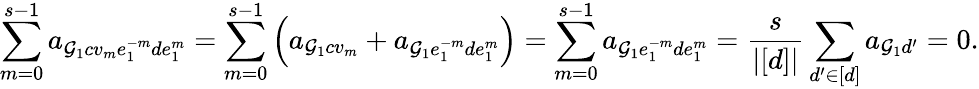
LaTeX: \sum_{m=0}^{s-1}a_{\mathcal{G}_{1}cv_{m}e_{1}^{-m}de_{1}^{m}}=\sum_{m=0}^{s-1}\left(a_{\mathcal{G}_{1}cv_{m}}+a_{\mathcal{G}_{1}e_{1}^{-m}de_{1}^{m}}\right)=\sum_{m=0}^{s-1}a_{\mathcal{G}_{1}e_{1}^{-m}de_{1}^{m}}=\frac{{s}}{{|[d]|}}\sum_{d^{\prime}\in[d]}a_{\mathcal{G}_{1}d^{\prime}}=0.